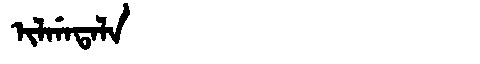
Manchu: ᡳᠯᡤᠠᡨᠠᠯᠠ
Romanization: ILGATALA